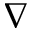
\nabla